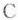
C